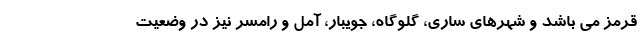
قرمز می باشد و شهرهای ساری، گلوگاه، جویبار، آمل و رامسر نیز در وضعیت